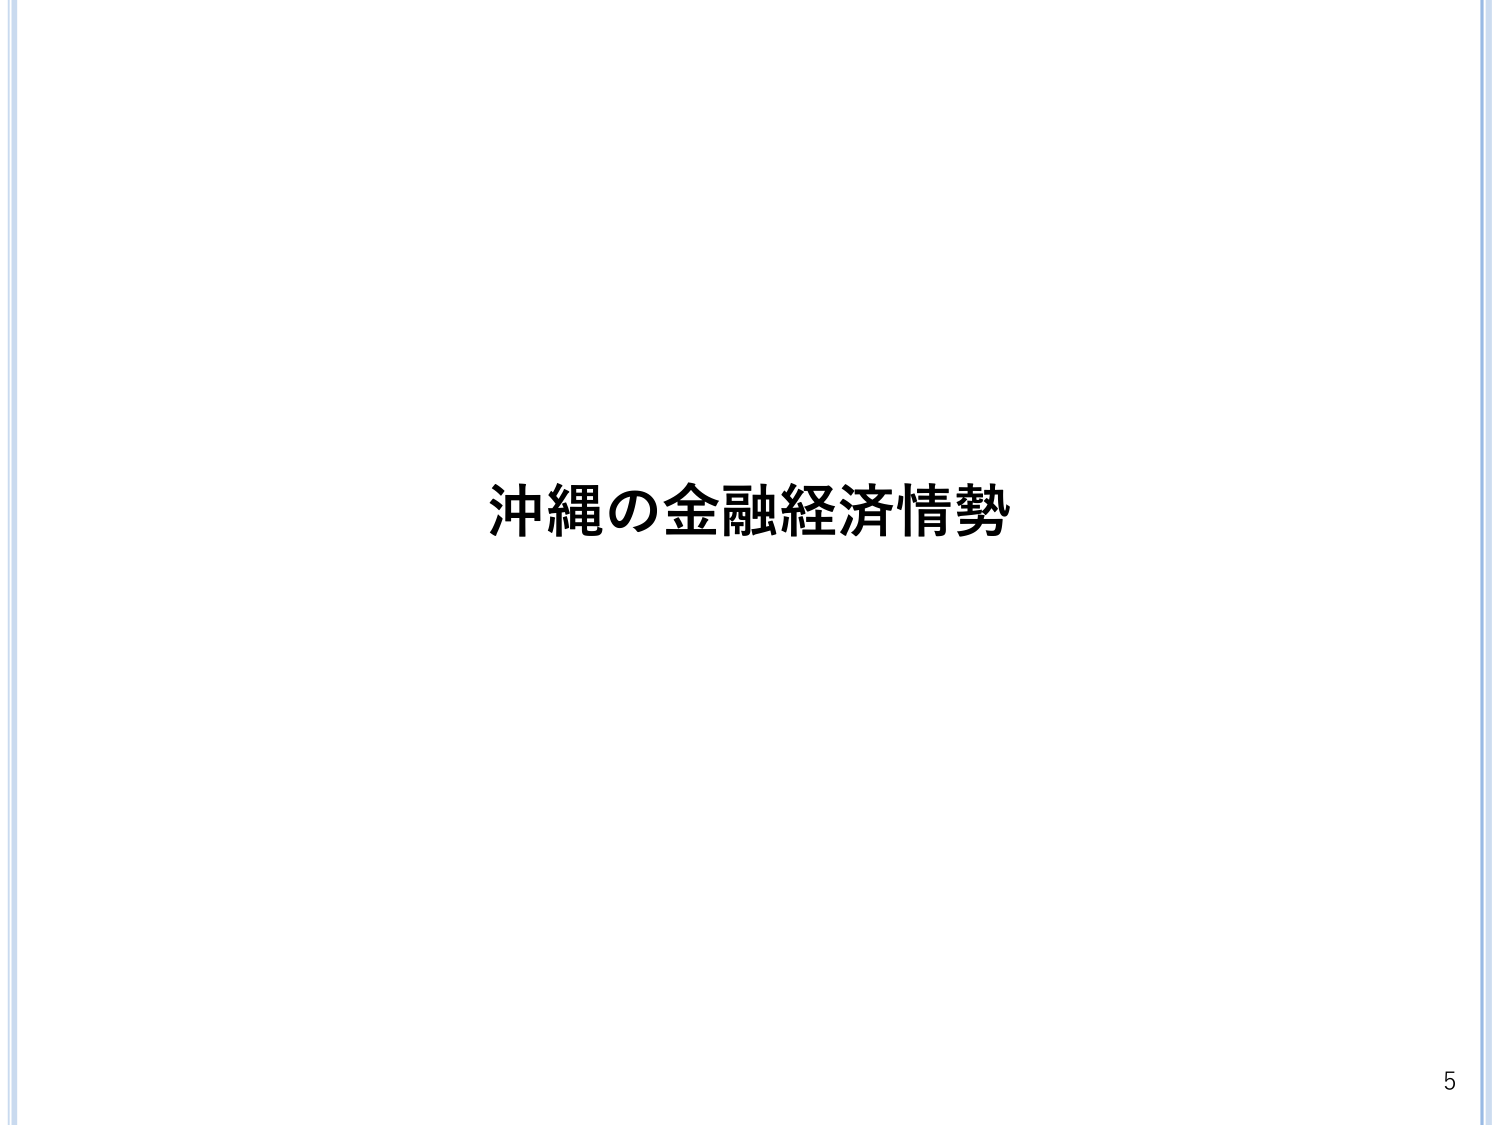
沖縄の金融経済情勢
5